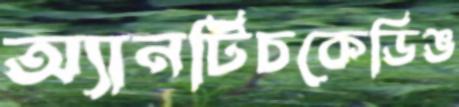
অ্যানটিচকেডিঙ